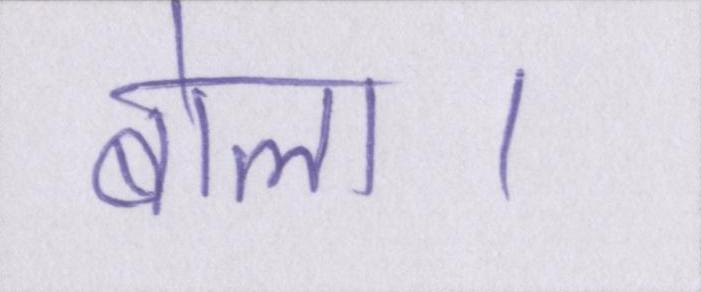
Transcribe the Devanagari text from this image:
बोला।